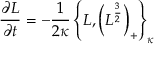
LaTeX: { \frac { \partial L } { \partial t } } = - { \frac { 1 } { 2 \kappa } } \left\{ L , \left( L ^ { \frac { 3 } { 2 } } \right) _ { + } \right\} _ { \kappa }